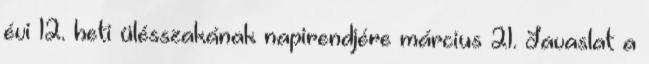
évi 12. heti ülésszakának napirendjére március 21. Javaslat a